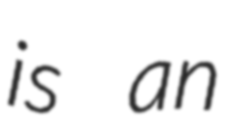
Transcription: is an